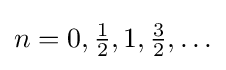
n=0,{\tfrac {1}{2}},1,{\tfrac {3}{2}},\ldots